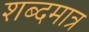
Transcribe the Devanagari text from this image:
शब्दमात्र